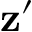
\mathbf { z } ^ { \prime }